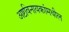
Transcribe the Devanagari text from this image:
अष्टविनायकांमधील